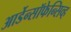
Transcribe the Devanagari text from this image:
आर्डेन्सॉफेन्सिव्ह